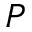
P